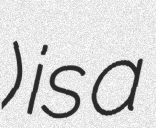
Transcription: چكشه) is a